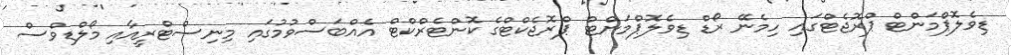
ޑިވެލޮޕްމަންޓް ޕްރޮޖެޓްގައި ހިމެނޭ ރޯޑް ޑިވެލޮޕްމަންޓް ޕްރޮޖެކްޓްގެ ކޮންޓެރްކްޓް އެއްބަސްވުމުގައި މިނިސްޓްރީއާއި މޯލްޑިވްސް